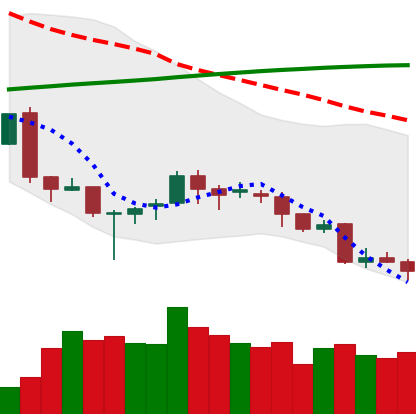
Ticker: LINK-USD
Chart end date: 2018-04-01
Forward return: 5.154%
Label: up_5_7